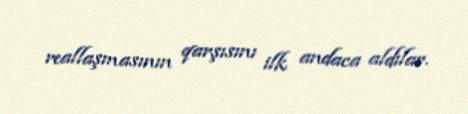
reallaşmasının qarşısını ilk andaca aldılar.